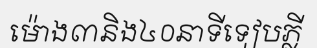
ម៉ោង៣និង៤០នាទីទៀបភ្លី